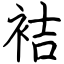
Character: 袺